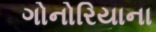
ગોનોરિયાના